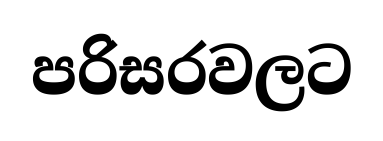
පරිසරවලට